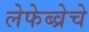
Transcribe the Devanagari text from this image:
लेफेब्व्रेचे